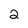
Character: 2